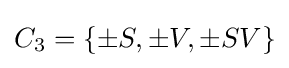
C_{3}=\{\pm S,\pm V,\pm SV\}